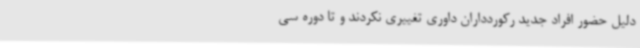
دلیل حضور افراد جدید رکوردداران داوری تغییری نکردند و تا دوره سی‌